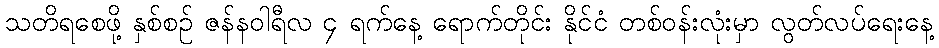
သတိရစေဖို့ နှစ်စဉ် ဇန်နဝါရီလ ၄ ရက်နေ့ ရောက်တိုင်း နိုင်ငံ တစ်ဝန်းလုံးမှာ လွတ်လပ်ရေးနေ့